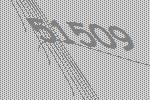
51509